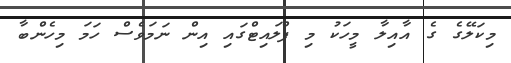
މިކަލޭގެ ގެ އާއިލާ މީހަކު މި ފްލައިޓްގައި އިން ނަމަވެސް ހަމަ މިހެންބާ